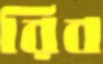
রিব